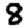
Digit: 8